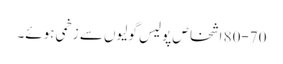
80-70 اشخاص پولیس گولیوں سے زخمی ہوئے۔